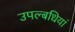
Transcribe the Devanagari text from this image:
उपल्बधियां